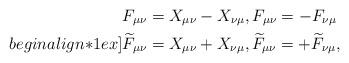
LaTeX: \begin{align*}&F_{\mu\nu} = X_{\mu\nu} - X_{\nu\mu}, F_{\mu\nu} = - F_{\nu\mu} \\begin{align*}1ex]&\widetilde{F}_{\mu\nu} = X_{\mu\nu} + X_{\nu\mu}, \widetilde{F}_{\mu\nu} = + \widetilde{F}_{\nu\mu}, \end{align*}